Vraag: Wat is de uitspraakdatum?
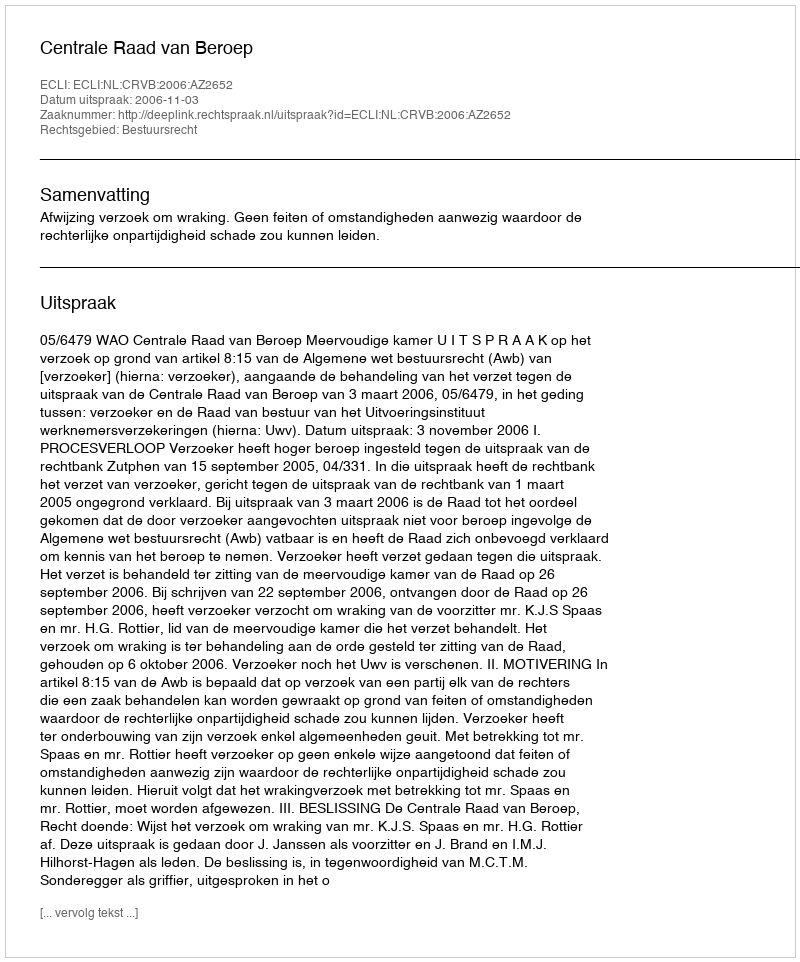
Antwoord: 2006-11-03